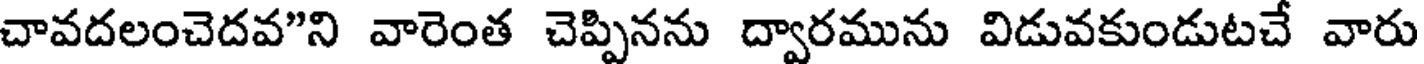
చావదలంచెదవ"ని వారెంత చెప్పినను ద్వారమును విడువకుండుటచే వారు